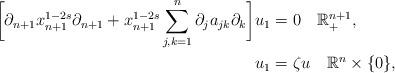
LaTeX: \begin{align*}\bigg[\partial_{n+1}x_{n+1}^{1-2s}\partial_{n+1}+x_{n+1}^{1-2s}\sum_{j,k=1}^{n}\partial_{j}a_{jk}\partial_{k}\bigg]u_{1} & =0\quad\mathbb{R}_{+}^{n+1},\\u_{1} & =\zeta u\quad\mathbb{R}^{n}\times\{0\},\end{align*}